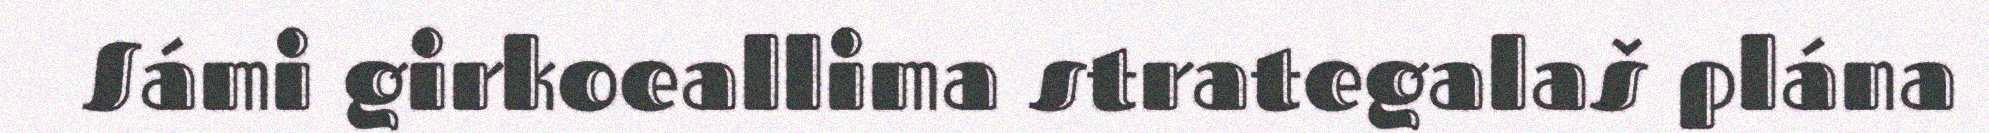
Sámi girkoeallima strategalaš plána